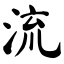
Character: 流